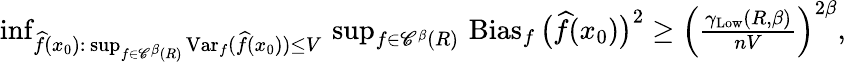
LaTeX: \begin{array}{r}{\operatorname*{inf}_{\widehat f(x_{0}):\, \operatorname*{sup}_{f\in{\mathscr C}^{\beta}(R)}\operatorname{Var}_{f}(\widehat f(x_{0}))\leq V}\, \operatorname*{sup}_{f\in{\mathscr C}^{\beta}(R)}\, \operatorname{Bias}_{f}\big(\widehat f(x_{0})\big)^{2}\geq\Big(\frac{\gamma_{\mathrm{Low}}(R,\beta)}{nV}\Big)^{2\beta},}\end{array}